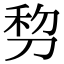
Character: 剓